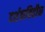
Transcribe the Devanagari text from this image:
दर्शकविहीन